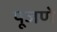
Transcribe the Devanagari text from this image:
पूजणे